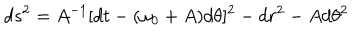
d s ^ { 2 } = A ^ { - 1 } [ d t - ( \omega _ { 0 } + A ) d \theta ] ^ { 2 } - d r ^ { 2 } - A d \theta ^ { 2 }